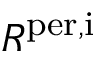
R ^ { \mathrm { p e r , i } }